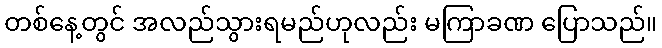
တစ်နေ့တွင် အလည်သွားရမည်ဟုလည်း မကြာခဏ ပြောသည်။